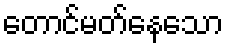
တောင်မတ်နေသော